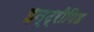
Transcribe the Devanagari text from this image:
इन्ट्रीपिड